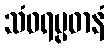
သံဝရပ္ပဓာနံ